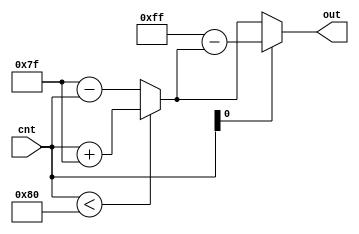
module GenRhomboidWave(
	input [7:0] cnt,
	output reg [7:0] out
);
	reg [7:0] triangle;

	always @(cnt) begin
		if (cnt < 8'd128) triangle = cnt + 8'd127;
		else triangle = 8'd127 - cnt;

		if (cnt[0] == 1'b0) out = triangle;
		else out = 8'd255 - triangle;
	end
endmodule